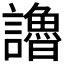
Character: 𧭷